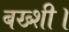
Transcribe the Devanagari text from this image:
बख्शी।